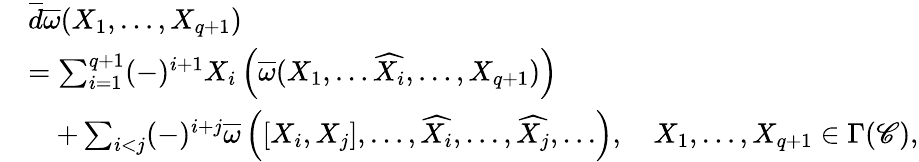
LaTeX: \begin{array}{rl}&{\overline{d}\overline{\omega}(X_{1},\ldots,X_{q+1})}\\ &{=\sum_{i=1}^{q+1}(-)^{i+1}X_{i}\left(\overline{\omega}(X_{1},\ldots\widehat{X_{i}},\ldots,X_{q+1})\right)}\\ &{\quad+\sum_{i<j}(-)^{i+j}\overline{\omega}\left([X_{i},X_{j}],\ldots,\widehat{X_{i}},\ldots,\widehat{X_{j}},\ldots\right),\quad X_{1},\ldots,X_{q+1}\in\Gamma(\mathscr C),}\end{array}